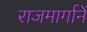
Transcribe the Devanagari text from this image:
राजमार्गानें